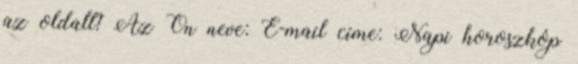
az oldalt? Az Ön neve: E-mail címe: Napi horoszkóp